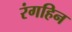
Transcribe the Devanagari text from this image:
रंगहिन